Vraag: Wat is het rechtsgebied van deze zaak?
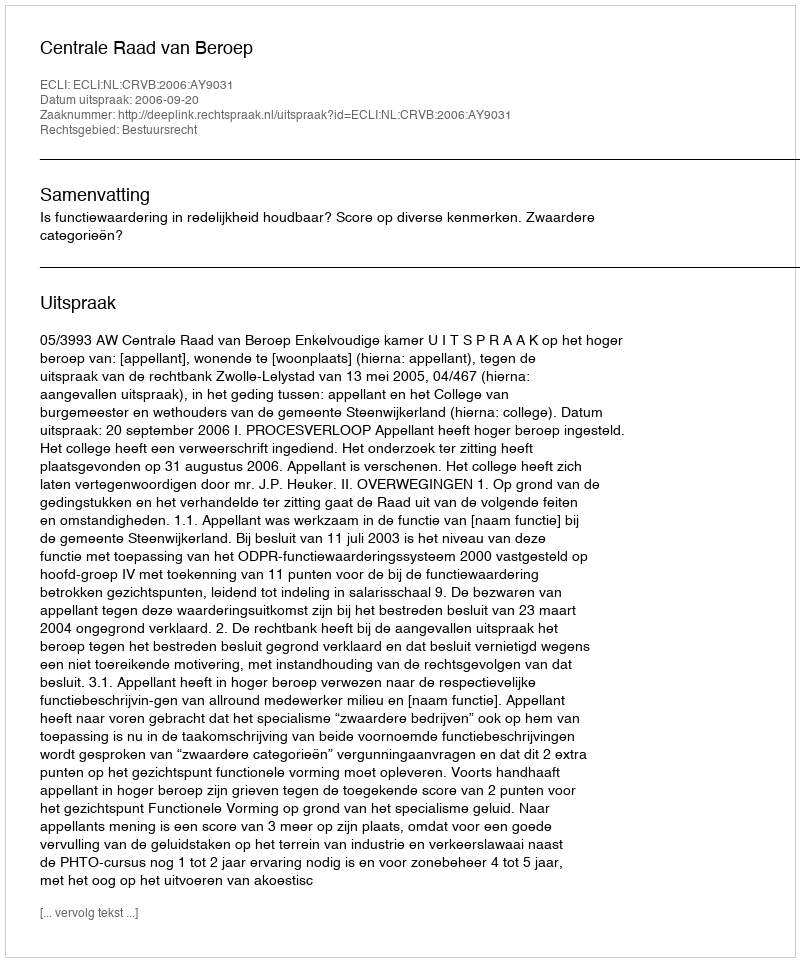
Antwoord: Bestuursrecht